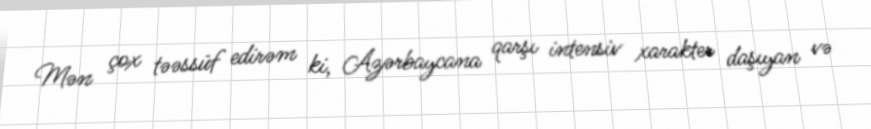
Mən çox təəssüf edirəm ki, Azərbaycana qarşı intensiv xarakter daşıyan və